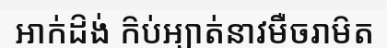
អាក់ដ៝ង់ ក៝ប់អ្យាត់នាវមឺចរាម៝ត